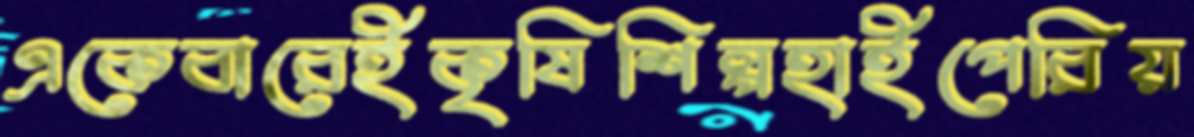
একেবারেইকৃষিশিল্পহাইপেরিয়